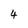
Character: 4